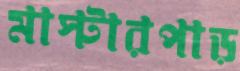
মাস্টারপাড়